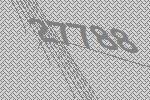
27788